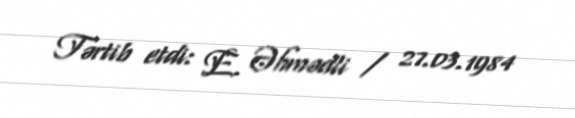
Tərtib etdi: E. Əhmədli / 27.03.1984